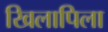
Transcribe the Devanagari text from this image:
खिलापिला